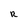
Character: R